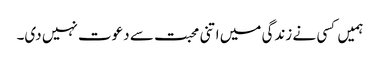
ہمیں کسی نے زندگی میں اتنی محبت سے دعوت نہیں دی۔